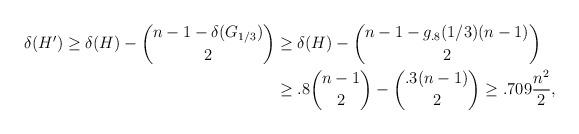
LaTeX: \begin{align*}\delta(H')\ge\delta(H)-\binom{n-1-\delta(G_{1/3})}2&\ge\delta(H)-\binom{n-1-g_{.8}(1/3)(n-1)}2\\&\ge .8\binom{n-1}2-\binom{.3(n-1)}2\ge.709\frac{n^2}2,\end{align*}